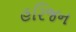
હરિજન